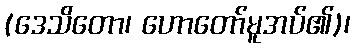
(ဒေသိတော၊ ဟောတော်မူအပ်၏)၊